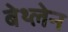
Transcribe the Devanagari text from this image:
बेथ्लेन